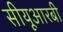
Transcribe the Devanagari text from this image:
सीयूआरबी